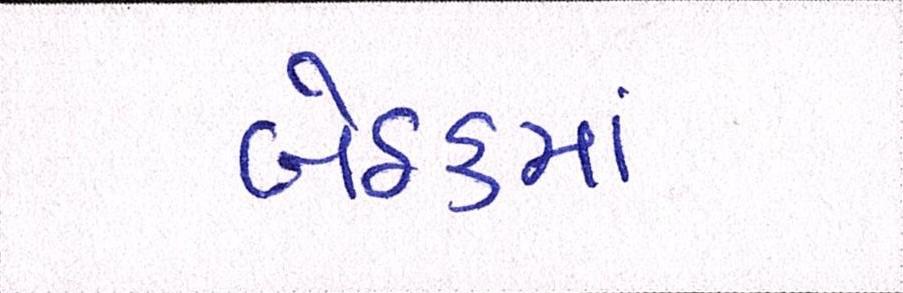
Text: બેઠકમાં